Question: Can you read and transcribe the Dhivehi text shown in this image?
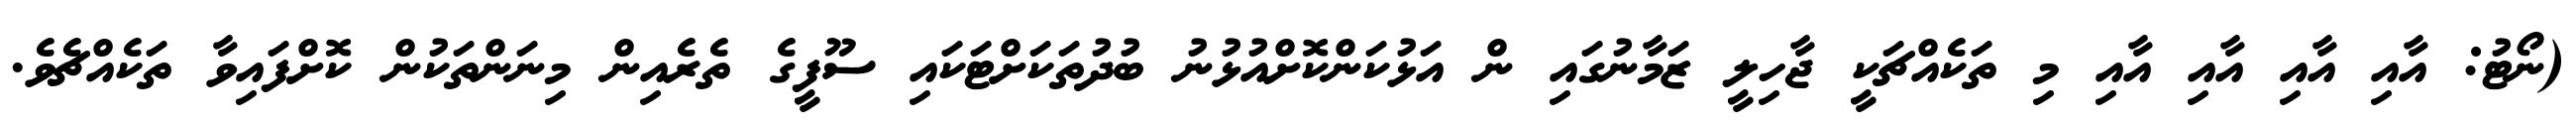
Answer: (ނޯޓު: އާއި އާއި އާއި އާއި މި ތަކެއްޗަކީ ޖާހިލީ ޒަމާނުގައި ން އަޅުކަންކޮށްއުޅުނު ބުދުތަކަށްޓަކައި ސޫފީގެ ތެރެއިން މިނަންތަކުން ކޮށްފައިވާ ތަކެއްޗެވެ.